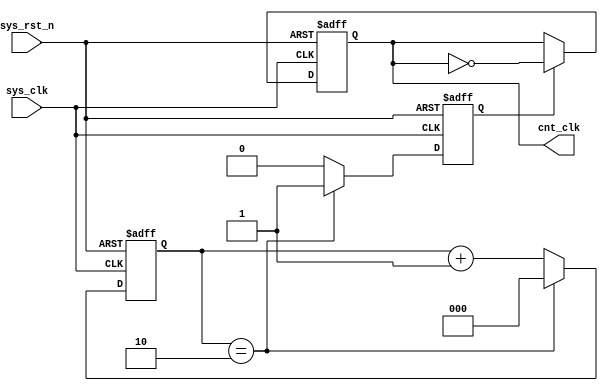
module divider_six
#(
	parameter cnt_max = 3'd2
)
(
	input wire		sys_clk,
	input wire		sys_rst_n,
	output reg		cnt_clk
);

reg [2:0]	cnt;
reg 		flag;

always@(posedge sys_clk or negedge sys_rst_n)
	if(sys_rst_n == 1'b0)
		cnt <= 2'b0;
	else if(cnt == cnt_max)
		cnt <= 2'b0;
	else 
		cnt <= cnt + 1;
		
always@(posedge sys_clk or negedge sys_rst_n)
	if(sys_rst_n == 1'b0)
		flag <= 1'b0;
	else if (cnt == cnt_max)
		flag <= 1'b1;
	else 
		flag <= 1'b0;
		
always@(posedge sys_clk or negedge sys_rst_n)
	if(sys_rst_n == 1'b0)
		cnt_clk <= 1'b0;
	else if(flag == 1'b1)
		cnt_clk <= ~cnt_clk;
	else cnt_clk <= cnt_clk;
	
endmodule